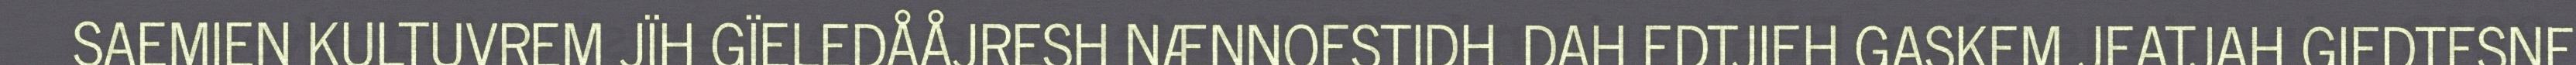
SAEMIEN KULTUVREM JÏH GÏELEDÅÅJRESH NÆNNOESTIDH. DAH EDTJIEH GASKEM JEATJAH GIEDTESNE